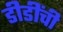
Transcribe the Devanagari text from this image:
डीडींची